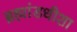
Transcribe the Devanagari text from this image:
ब्रह्मांडधीशा